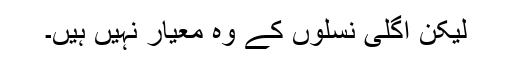
لیکن اگلی نسلوں کے وہ معیار نہیں ہیں۔